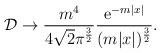
LaTeX: \begin{align*}{\cal D}\to\frac{m^4}{4\sqrt{2}\pi^{\frac32}}\frac{{\rm e}^{-m|x|}}{(m|x|)^{\frac32}}.\end{align*}